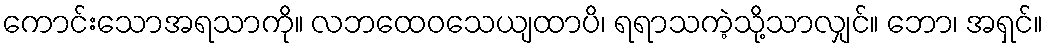
ကောင်းသောအရသာကို။ လဘထေဝသေယျထာပိ၊ ရရာသကဲ့သို့သာလျှင်။ ဘော၊ အရှင်။